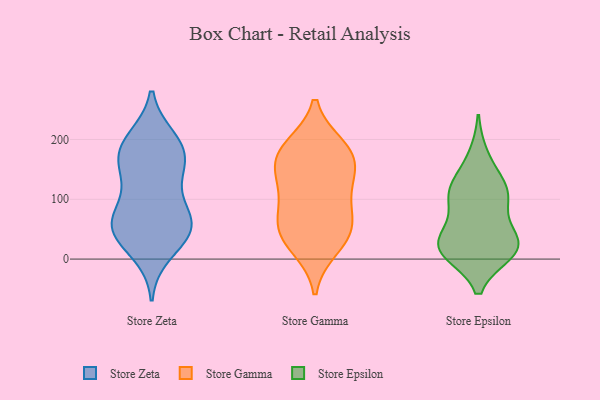
{"axis": {"x": "Waste Production (Tons)", "y": "Value"}, "legend": ["Store Epsilon", "Store Gamma", "Store Zeta"], "data": [{"x": "", "y": 53, "type": "Store Zeta"}, {"x": "", "y": 84, "type": "Store Zeta"}, {"x": "", "y": 48, "type": "Store Zeta"}, {"x": "", "y": 185, "type": "Store Zeta"}, {"x": "", "y": 72, "type": "Store Zeta"}, {"x": "", "y": 142, "type": "Store Zeta"}, {"x": "", "y": 59, "type": "Store Zeta"}, {"x": "", "y": 167, "type": "Store Zeta"}, {"x": "", "y": 194, "type": "Store Zeta"}, {"x": "", "y": 49, "type": "Store Zeta"}, {"x": "", "y": 172, "type": "Store Zeta"}, {"x": "", "y": 200, "type": "Store Zeta"}, {"x": "", "y": 11, "type": "Store Zeta"}, {"x": "", "y": 44, "type": "Store Zeta"}, {"x": "", "y": 135, "type": "Store Zeta"}, {"x": "", "y": 186, "type": "Store Gamma"}, {"x": "", "y": 129, "type": "Store Gamma"}, {"x": "", "y": 175, "type": "Store Gamma"}, {"x": "", "y": 87, "type": "Store Gamma"}, {"x": "", "y": 119, "type": "Store Gamma"}, {"x": "", "y": 173, "type": "Store Gamma"}, {"x": "", "y": 52, "type": "Store Gamma"}, {"x": "", "y": 166, "type": "Store Gamma"}, {"x": "", "y": 50, "type": "Store Gamma"}, {"x": "", "y": 45, "type": "Store Gamma"}, {"x": "", "y": 21, "type": "Store Gamma"}, {"x": "", "y": 15, "type": "Store Epsilon"}, {"x": "", "y": 116, "type": "Store Epsilon"}, {"x": "", "y": 35, "type": "Store Epsilon"}, {"x": "", "y": 25, "type": "Store Epsilon"}, {"x": "", "y": 91, "type": "Store Epsilon"}, {"x": "", "y": 22, "type": "Store Epsilon"}, {"x": "", "y": 172, "type": "Store Epsilon"}, {"x": "", "y": 11, "type": "Store Epsilon"}, {"x": "", "y": 33, "type": "Store Epsilon"}, {"x": "", "y": 98, "type": "Store Epsilon"}, {"x": "", "y": 12, "type": "Store Epsilon"}, {"x": "", "y": 121, "type": "Store Epsilon"}, {"x": "", "y": 119, "type": "Store Epsilon"}]}